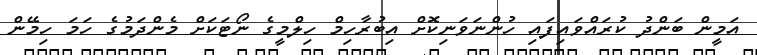
އަމީން ބަންދު ކުރައްވައިފައި ހުންނަވަނިކޮށް އިބުރާހިމް ހިލްމީގެ ނޯޓަކަށް މެންދަމުގެ ހަމަ ހިމޭން